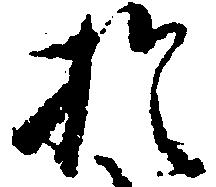
於